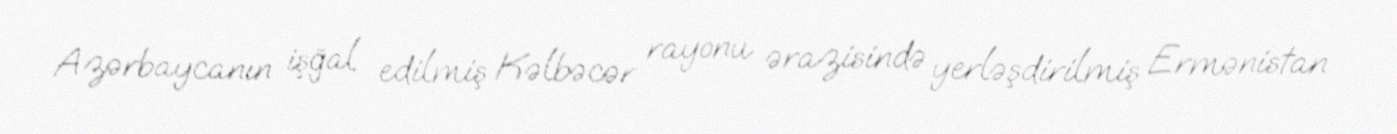
Azərbaycanın işğal edilmiş Kəlbəcər rayonu ərazisində yerləşdirilmiş Ermənistan